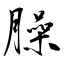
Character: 臊